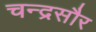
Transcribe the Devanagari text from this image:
चन्द्रसौर